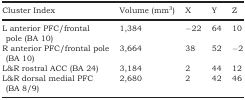
| Cluster Index | Volume (mm3) | X | Y | Z |
 | --- | --- | --- | --- | --- |
 | L anterior PFC/frontal pole (BA 10) | 1,384 | −22 | 64 | 10 |
 | R anterior PFC/frontal pole (BA 10) | 3,664 | 38 | 52 | −2 |
 | L&R rostral ACC (BA 24) | 3,184 | 2 | 44 | 12 |
 | L&R dorsal medial PFC (BA 8/9) | 2,680 | 2 | 42 | 46 |